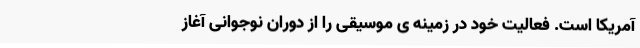
آمریکا است. فعالیت خود در زمینه ی موسیقی را از دوران نوجوانی آغاز